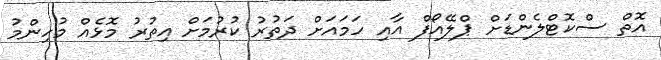
އޮތް ސްކޮޓްލެންޑަށް ޕްލޭއޯފް އާއި ހަމައަށް ދަތުރު ކުރުމަށް އިތުރު މޮޅެއް މުހިންމު